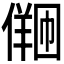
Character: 𪝩